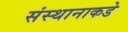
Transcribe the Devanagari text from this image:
संस्थानाकडे